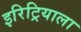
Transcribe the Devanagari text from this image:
इरिट्रियाला